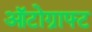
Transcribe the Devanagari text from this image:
ऑटोग्राफ्ट